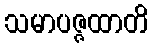
သမာပဇ္ဇထာတိ